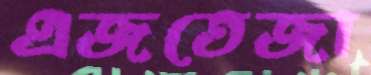
এজতেজা